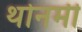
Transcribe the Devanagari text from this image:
थोनमी